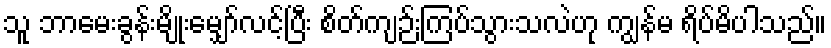
သူ ဘာမေးခွန်းမျိုးမျှော်လင့်ပြီး စိတ်ကျဉ်းကြပ်သွားသလဲဟု ကျွန်မ ရိပ်မိပါသည်။